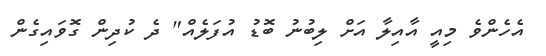
އެހެންވެ މިއީ އާއިލާ އަށް ލިބުނު ބޮޑު އުފަލެއް" ދެ ކުދިން ގޮވައިގެން